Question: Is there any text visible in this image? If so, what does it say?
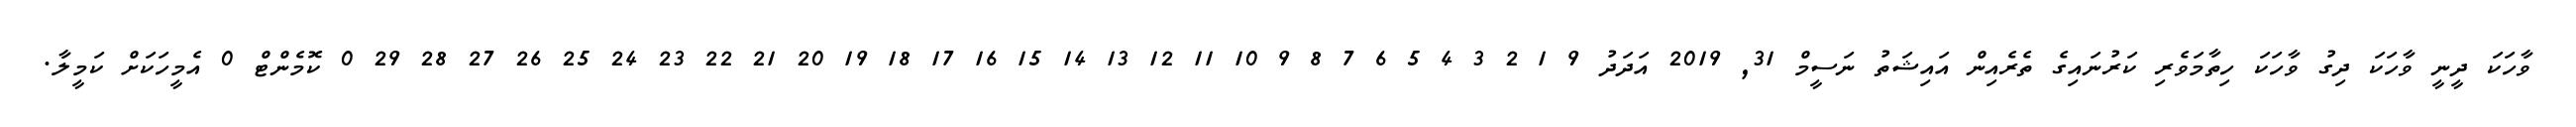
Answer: ވާހަކަ ދީނީ ވާހަކަ ދިގު ވާހަކަ ހިތާމަވެރި ކަރުނައިގެ ތެރެއިން އައިޝަތު ނަސީމް 31, 2019 އަދަދު 9 1 2 3 4 5 6 7 8 9 10 11 12 13 14 15 16 17 18 19 20 21 22 23 24 25 26 27 28 29 0 ކޮމެންޓް 0 އެމީހަކަށް ކަމީލާ.